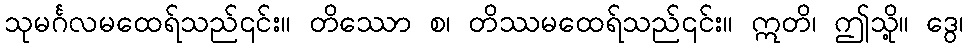
သုမင်္ဂလမထေရ်သည်၎င်း။ တိဿော စ၊ တိဿမထေရ်သည်၎င်း။ ဣတိ၊ ဤသို့။ ဒွေ၊